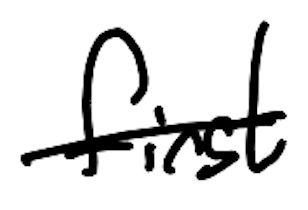
Text: first
Cross-out: single-line
Writing tool: digital_black